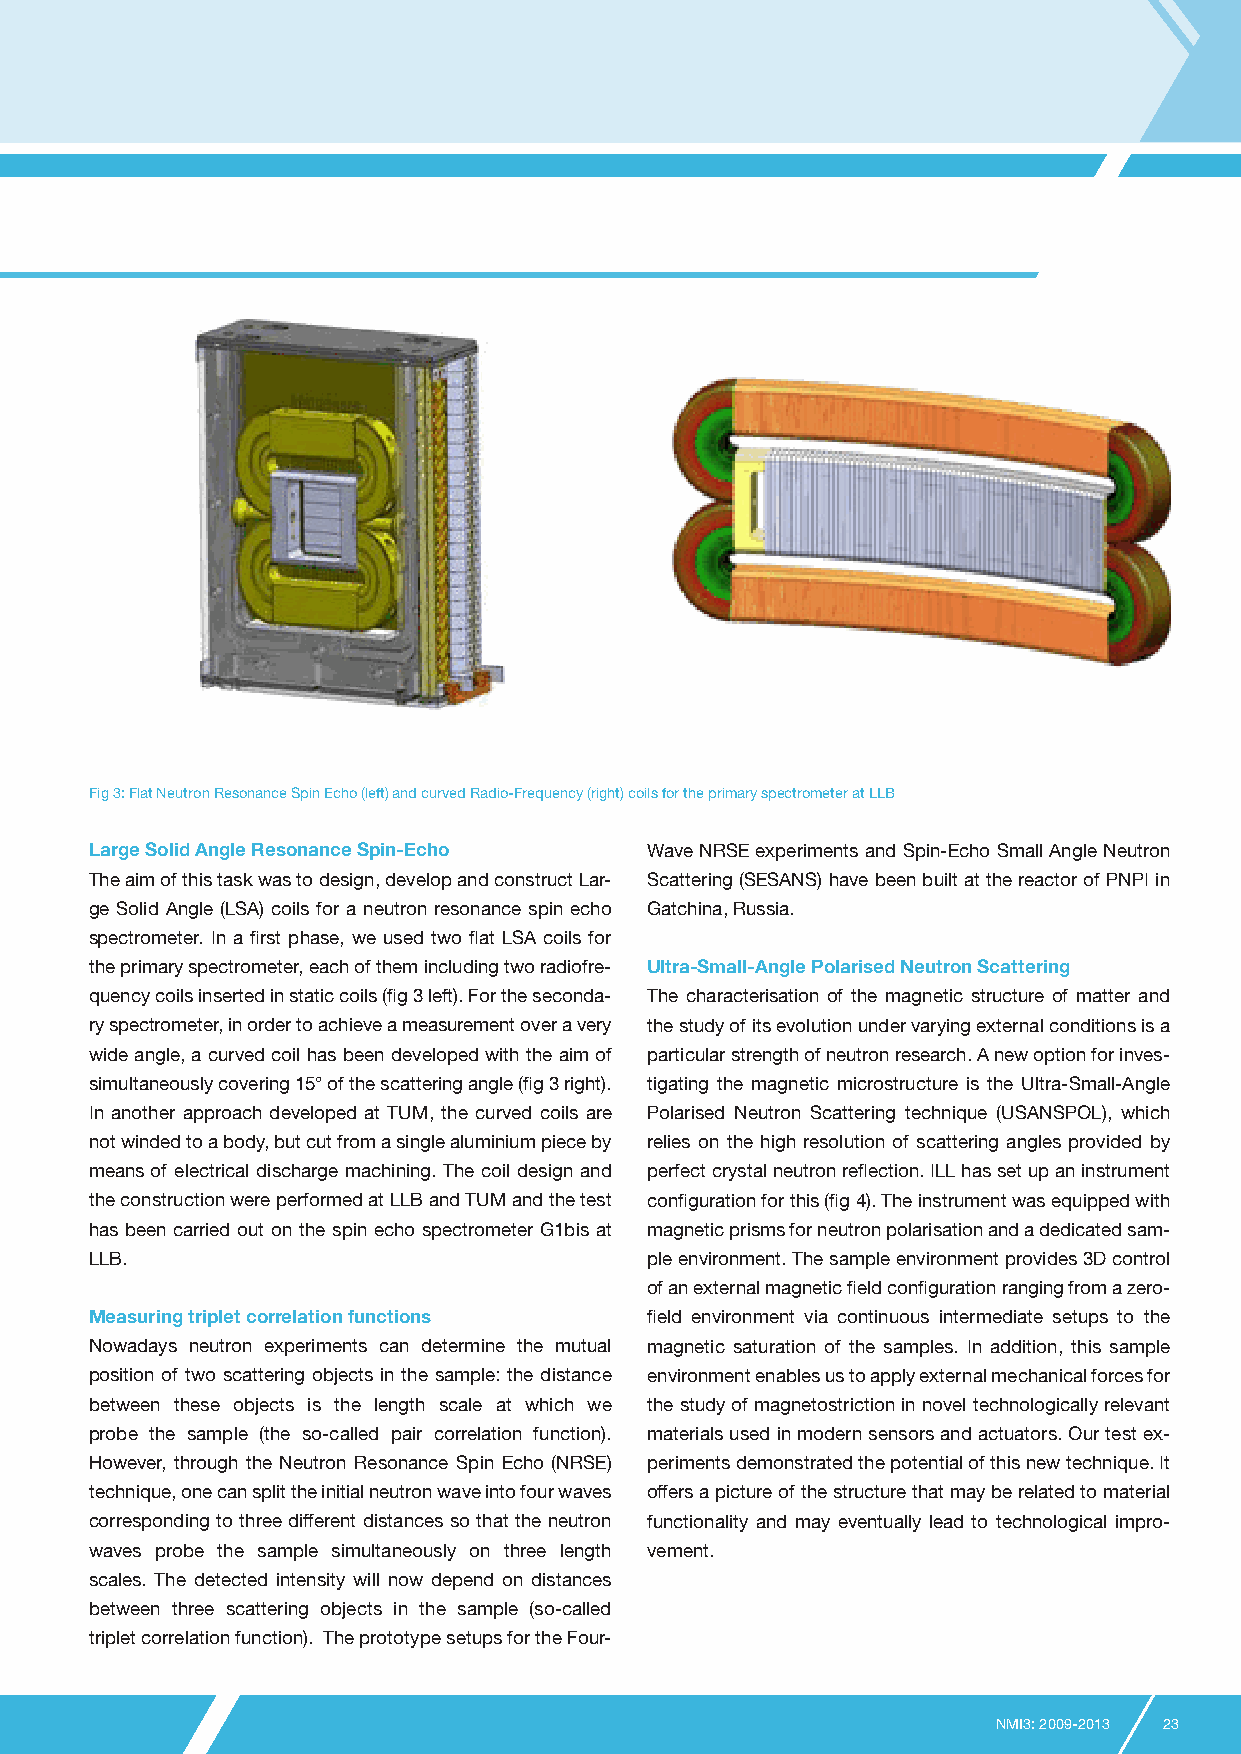
Fig 3: Flat Neutron Resonance Spin Echo (left) and curved Radio-Frequency (right) coils for the primary spectrometer at LLB
 Large Solid Angle Resonance Spin-Echo Wave NRSE experiments and Spin-Echo Small Angle Neutron
 The aim of this task was to design, develop and construct Lar- Scattering (SESANS) have been built at the reactor of PNPI in
 ge Solid Angle (LSA) coils for a neutron resonance spin echo Gatchina, Russia.
 spectrometer. In a first phase, we used two flat LSA coils for
 the primary spectrometer, each of them including two radiofre- Ultra-Small-Angle Polarised Neutron Scattering
 quency coils inserted in static coils (fig 3 left). For the seconda- The characterisation of the magnetic structure of matter and
 ry spectrometer, in order to achieve a measurement over a very the study of its evolution under varying external conditions is a
 wide angle, a curved coil has been developed with the aim of particular strength of neutron research. A new option for inves-
 simultaneously covering 15° of the scattering angle (fig 3 right). tigating the magnetic microstructure is the Ultra-Small-Angle
 In another approach developed at TUM, the curved coils are Polarised Neutron Scattering technique (USANSPOL), which
 not winded to a body, but cut from a single aluminium piece by relies on the high resolution of scattering angles provided by
 means of electrical discharge machining. The coil design and perfect crystal neutron reflection. ILL has set up an instrument
 the construction were performed at LLB and TUM and the test configuration for this (fig 4). The instrument was equipped with
 has been carried out on the spin echo spectrometer G1bis at magnetic prisms for neutron polarisation and a dedicated sam-
 LLB.                                 ple environment. The sample environment provides 3D control
 of an external magnetic field configuration ranging from a zero-
 Measuring triplet correlation functions field environment via continuous intermediate setups to the
 Nowadays neutron experiments can determine the mutual magnetic saturation of the samples. In addition, this sample
 position of two scattering objects in the sample: the distance environment enables us to apply external mechanical forces for
 between these objects is the length scale at which we the study of magnetostriction in novel technologically relevant
 probe the sample (the so-called pair correlation function). materials used in modern sensors and actuators. Our test ex-
 However, through the Neutron Resonance Spin Echo (NRSE) periments demonstrated the potential of this new technique. It
 technique, one can split the initial neutron wave into four waves offers a picture of the structure that may be related to material
 corresponding to three different distances so that the neutron functionality and may eventually lead to technological impro-
 waves probe the sample simultaneously on three length vement.
 scales. The detected intensity will now depend on distances
 between three scattering objects in the sample (so-called
 triplet correlation function). The prototype setups for the Four-
 NMI3: 2009-2013 23